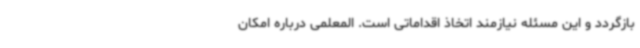
بازگردد و این مسئله نیازمند اتخاذ اقداماتی است. المعلمی درباره امکان